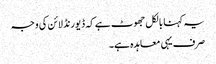
یہ کہنا بالکل جھوٹ ہے کہ ڈیورنڈ لائن کی وجہ
صرف یہی معاہدہ ہے۔